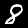
Digit: 8